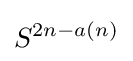
S^{2n-a(n)}